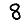
Digit: 8